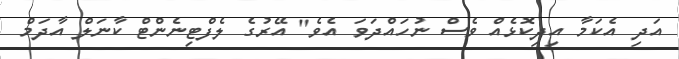
އަދި އެކަމާ އިދިކޮޅެއް ވެސް ނުހައްދަވަ އެވެ" އޭރުގެ ލެފްޓިނެންޓް ކާނަލް އާދަމް